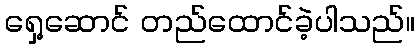
ရှေ့ဆောင် တည်ထောင်ခဲ့ပါသည်။